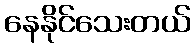
နေနိုင်သေးတယ်